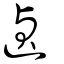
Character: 遉